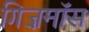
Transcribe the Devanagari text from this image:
गिज़मॉस